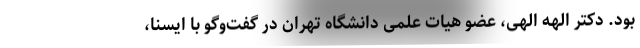
بود. دکتر الهه الهی، عضو هیات علمی دانشگاه تهران در گفت‌وگو با ایسنا،